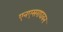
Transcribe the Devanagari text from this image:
एनएसराघवन